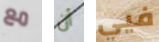
مع أن فيي